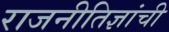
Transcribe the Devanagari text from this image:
राजनीतिज्ञांची